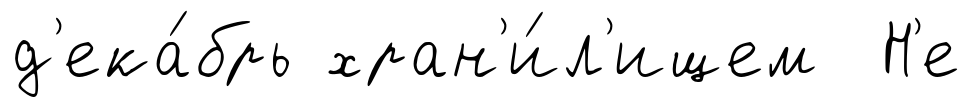
д'ека́брь хран'и́л'ищем Н'е